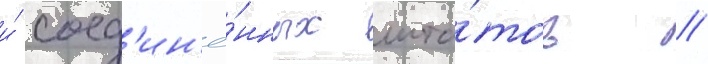
и́ соед'ин'ё́нных шта́тов //